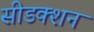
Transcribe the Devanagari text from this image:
सीडक्शन